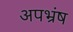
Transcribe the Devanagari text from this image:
अपभ्रंष